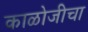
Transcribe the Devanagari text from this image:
काळोजीचा